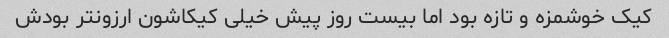
کیک خوشمزه و تازه بود اما بیست روز پیش خیلی کیکاشون ارزونتر بودش